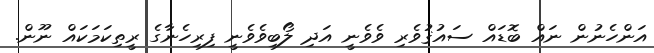
އަންހެނުން ނައް ބޮޑައް ސައުޤުވެރި ވެވެނީ އަދި ލޯބިވެވެނީ ފިރިހެނާގެ ރީތިކަމަކައް ނޫން.